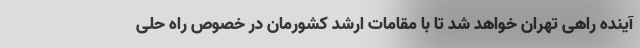
آینده راهی تهران خواهد شد تا با مقامات ارشد کشورمان در خصوص راه حلی